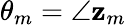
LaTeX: \theta_{m}=\angle\mathbf{z}_{m}